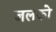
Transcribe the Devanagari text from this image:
जलको